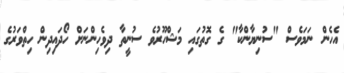
އެހެން ނަމަވެސް "ސުނިޔާންކާ" ގެ ގޮތުގައި މަޝްހޫރުވެ ސުނީތާ ދިވެހިންނަށް ހޯދައިދިން ހިތްވަރުގެ